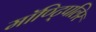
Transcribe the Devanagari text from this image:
मॉण्ट्पिलिर